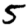
Digit: 5